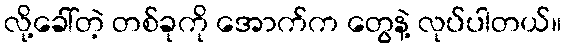
လို့ခေါ်တဲ့ တစ်ခုကို အောက်က တွေနဲ့ လုပ်ပါတယ်။